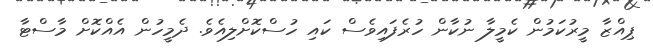
ޕިއްޒާ މީރުކަމުން ކެމީލާ ނުކާން ހުރެފައިވެސް ކައި ހުސްކޮށްލިއެވެ. ދެމީހުން އެއްކޮށް މާސްޓާ